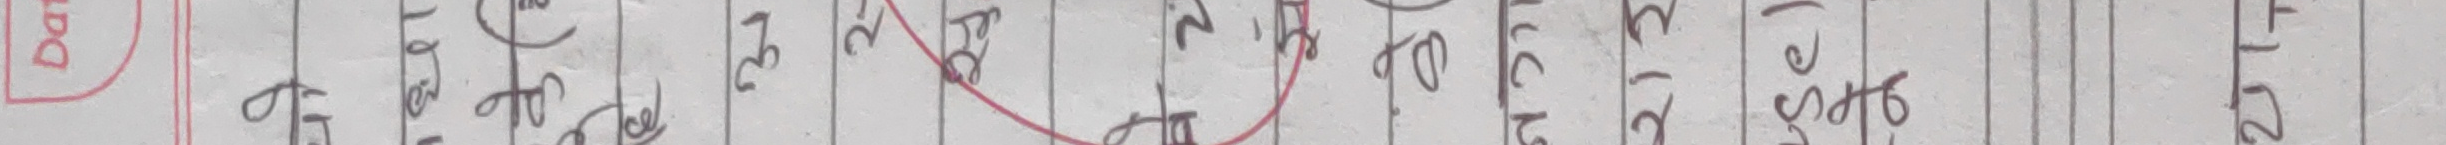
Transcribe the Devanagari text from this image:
की हो।